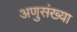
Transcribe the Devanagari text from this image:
अणुसंख्या